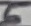
Text: 5